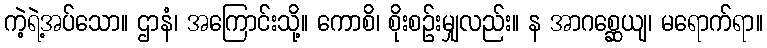
ကဲ့ရဲ့အပ်သော။ ဌာနံ၊ အကြောင်းသို့။ ကောစိ၊ စိုးစဉ်းမျှလည်း။ န အာဂစ္ဆေယျ၊ မရောက်ရာ။